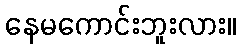
နေမကောင်းဘူးလား။